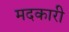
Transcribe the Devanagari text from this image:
मदकारी